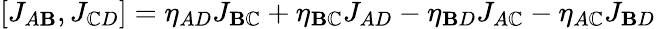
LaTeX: [J_{A\mathbf{B}},J_{\mathbb{C}D}]=\eta_{AD}J_{\mathbf{B}\mathbb{C}}+\eta_{\mathbf{B}\mathbb{C}}J_{AD}-\eta_{\mathbf{B}D}J_{A\mathbb{C}}-\eta_{A\mathbb{C}}J_{\mathbf{B}D}